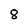
Character: 8